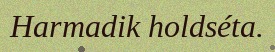
Harmadik holdséta.